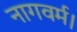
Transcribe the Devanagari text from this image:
नागवर्म।